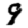
Digit: 9